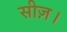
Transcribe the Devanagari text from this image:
सीज़।